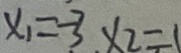
x _ { 1 } = - 3 x _ { 2 } = 1